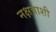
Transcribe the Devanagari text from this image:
नक्षत्राशी